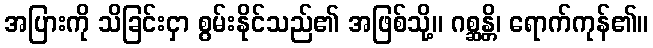
အပြားကို သိခြင်းငှာ စွမ်းနိုင်သည်၏ အဖြစ်သို့။ ဂစ္ဆန္တိ၊ ရောက်ကုန်၏။